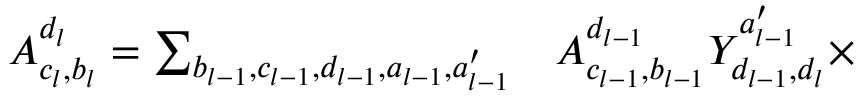
\begin{array} { r l } { A _ { c _ { l } , b _ { l } } ^ { d _ { l } } = \sum _ { b _ { l - 1 } , c _ { l - 1 } , d _ { l - 1 } , a _ { l - 1 } , a _ { l - 1 } ^ { \prime } } } & { { } A _ { c _ { l - 1 } , b _ { l - 1 } } ^ { d _ { l - 1 } } Y _ { d _ { l - 1 } , d _ { l } } ^ { a _ { l - 1 } ^ { \prime } } \times } \end{array}